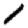
Digit: 1